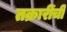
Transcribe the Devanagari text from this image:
तक्रारींची